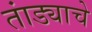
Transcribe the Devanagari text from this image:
तांड्याचे